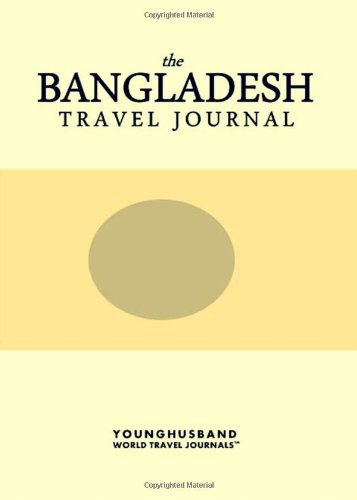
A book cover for The Bangladesh Travel Journal; Younghusband World Travel Journals; Travel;